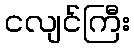
ငလျင်ကြီး